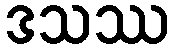
ဒသဿ